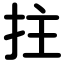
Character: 拄